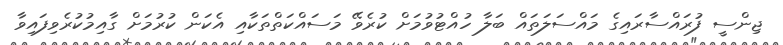
ޖިންސީ ފުރައްސާރައިގެ މައްސަލަތައް ބަލާ ހުއްޓުވުމަށް ކުރެވޭ މަސައްކަތްތަކާއި އެކަން ކުރުމަށް ގާއިމުކުރެވިފައިވާ